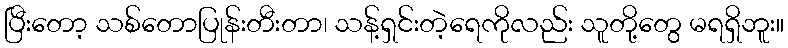
ပြီးတော့ သစ်တောပြုန်းတီးတာ၊ သန့်ရှင်းတဲ့ရေကိုလည်း သူတို့တွေ မရရှိဘူး။